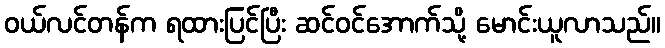
ဝယ်လင်တန်က ရထားပြင်ပြီး ဆင်ဝင်အောက်သို့ မောင်းယူလာသည်။